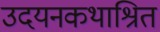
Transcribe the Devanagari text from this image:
उदयनकथाश्रित